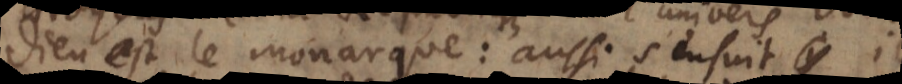
Dieu est le Monarque: aussi s’ensuit‐il